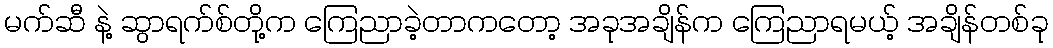
မက်ဆီ နဲ့ ဆွာရက်စ်တို့က ကြေညာခဲ့တာကတော့ အခုအချိန်က ကြေညာရမယ့် အချိန်တစ်ခု